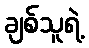
ချစ်သူရဲ့